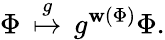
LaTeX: {\Phi}\, \stackrel{g}{\mapsto}\, g^{\mathbf{w}({\Phi})}{\Phi}.